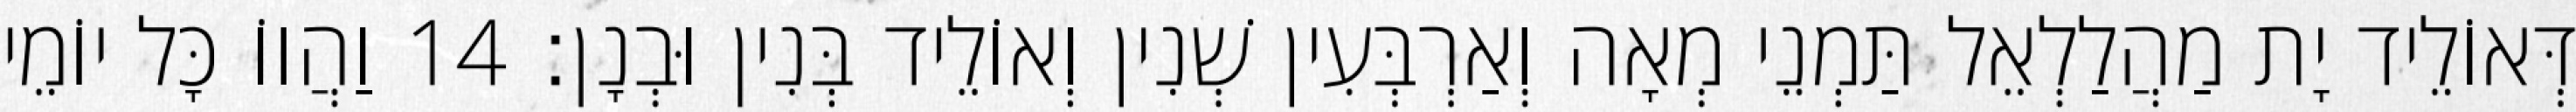
דְּאוֹלֵיד יָת מַהֲלַלְאֵל תַּמְנֵי מְאָה וְאַרְבְּעִין שְׁנִין וְאוֹלֵיד בְּנִין וּבְנָן׃ 14 וַהֲווֹ כָּל יוֹמֵי